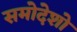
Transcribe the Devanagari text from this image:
समोदेशो